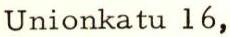
Unionkatu 16,